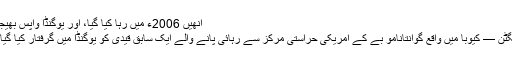
اُنھیں 2006ء میں رہا کیا گیا، اور یوگنڈا واپس بھیجا گیا
واشنگٹن — کیوبا میں واقع گوانتانامو بے کے امریکی حراستی مرکز سے رہائی پانے والے ایک سابق قیدی کو یوگنڈا میں گرفتار کیا گیا ہے۔